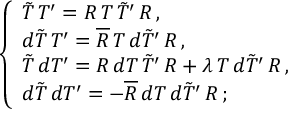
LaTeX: \left\{ \begin{array} { l } { { \tilde { T } \, T ^ { \prime } = R \, T \, \tilde { T } ^ { \prime } \, R \, , } } \\ { { d \tilde { T } \, T ^ { \prime } = \overline { { { R } } } \, T \, d \tilde { T } ^ { \prime } \, R \, , } } \\ { { \tilde { T } \, d T ^ { \prime } = R \, d T \, \tilde { T } ^ { \prime } \, R + \lambda \, T \, d \tilde { T } ^ { \prime } \, R \, , } } \\ { { d \tilde { T } \, d T ^ { \prime } = - \overline { { { R } } } \, d T \, d \tilde { T } ^ { \prime } \, R \, ; } } \end{array} \right.